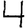
Digit: 4